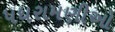
પધરામણીઓ